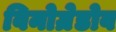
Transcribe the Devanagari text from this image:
विनोग्रेडोव